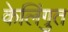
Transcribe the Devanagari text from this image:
केलिंगुत